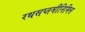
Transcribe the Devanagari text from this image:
रथसप्तमीनिमित्त